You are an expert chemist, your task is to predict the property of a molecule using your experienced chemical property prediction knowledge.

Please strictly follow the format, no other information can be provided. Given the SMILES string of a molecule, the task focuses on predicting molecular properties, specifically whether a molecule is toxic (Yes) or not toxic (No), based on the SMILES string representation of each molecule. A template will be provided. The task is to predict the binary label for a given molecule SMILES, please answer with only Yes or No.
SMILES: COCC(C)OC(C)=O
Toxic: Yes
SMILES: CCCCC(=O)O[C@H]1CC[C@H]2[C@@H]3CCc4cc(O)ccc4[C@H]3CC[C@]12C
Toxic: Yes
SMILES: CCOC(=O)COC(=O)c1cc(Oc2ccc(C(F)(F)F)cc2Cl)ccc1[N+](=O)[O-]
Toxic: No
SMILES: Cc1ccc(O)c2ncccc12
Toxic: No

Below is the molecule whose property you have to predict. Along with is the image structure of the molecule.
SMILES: NC(=S)N/N=C/c1cccnc1
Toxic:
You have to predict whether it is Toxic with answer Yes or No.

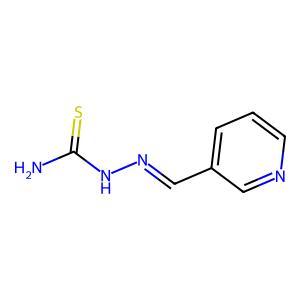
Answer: No